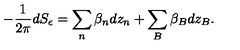
- \frac { 1 } { 2 \pi } d S _ { \epsilon } = \sum _ { n } \beta _ { n } d z _ { n } + \sum _ { B } \beta _ { B } d z _ { B } .